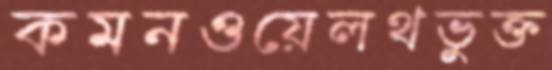
কমনওয়েলথভুক্ত